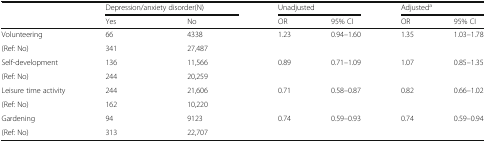
<table><thead><tr><td></td><td colspan="2"><b>Depression/anxiety disorder(N)</b></td><td colspan="2"><b>Unadjusted</b></td><td colspan="2"><b>Adjusted<sup>a</sup></b></td></tr><tr><td></td><td><b>Yes</b></td><td><b>No</b></td><td><b>OR</b></td><td><b>95% CI</b></td><td><b>OR</b></td><td><b>95% CI</b></td></tr></thead><tbody><tr><td>Volunteering</td><td>66</td><td>4338</td><td rowspan="2">1.23</td><td rowspan="2">0.94–1.60</td><td rowspan="2">1.35</td><td rowspan="2">1.03–1.78</td></tr><tr><td>(Ref: No)</td><td>341</td><td>27,487</td></tr><tr><td>Self-development</td><td>136</td><td>11,566</td><td rowspan="2">0.89</td><td rowspan="2">0.71–1.09</td><td rowspan="2">1.07</td><td rowspan="2">0.85–1.35</td></tr><tr><td>(Ref: No)</td><td>244</td><td>20,259</td></tr><tr><td>Leisure time activity</td><td>244</td><td>21,606</td><td rowspan="2">0.71</td><td rowspan="2">0.58–0.87</td><td rowspan="2">0.82</td><td rowspan="2">0.66–1.02</td></tr><tr><td>(Ref: No)</td><td>162</td><td>10,220</td></tr><tr><td>Gardening</td><td>94</td><td>9123</td><td rowspan="2">0.74</td><td rowspan="2">0.59–0.93</td><td rowspan="2">0.74</td><td rowspan="2">0.59–0.94</td></tr><tr><td>(Ref: No)</td><td>313</td><td>22,707</td></tr></tbody></table>